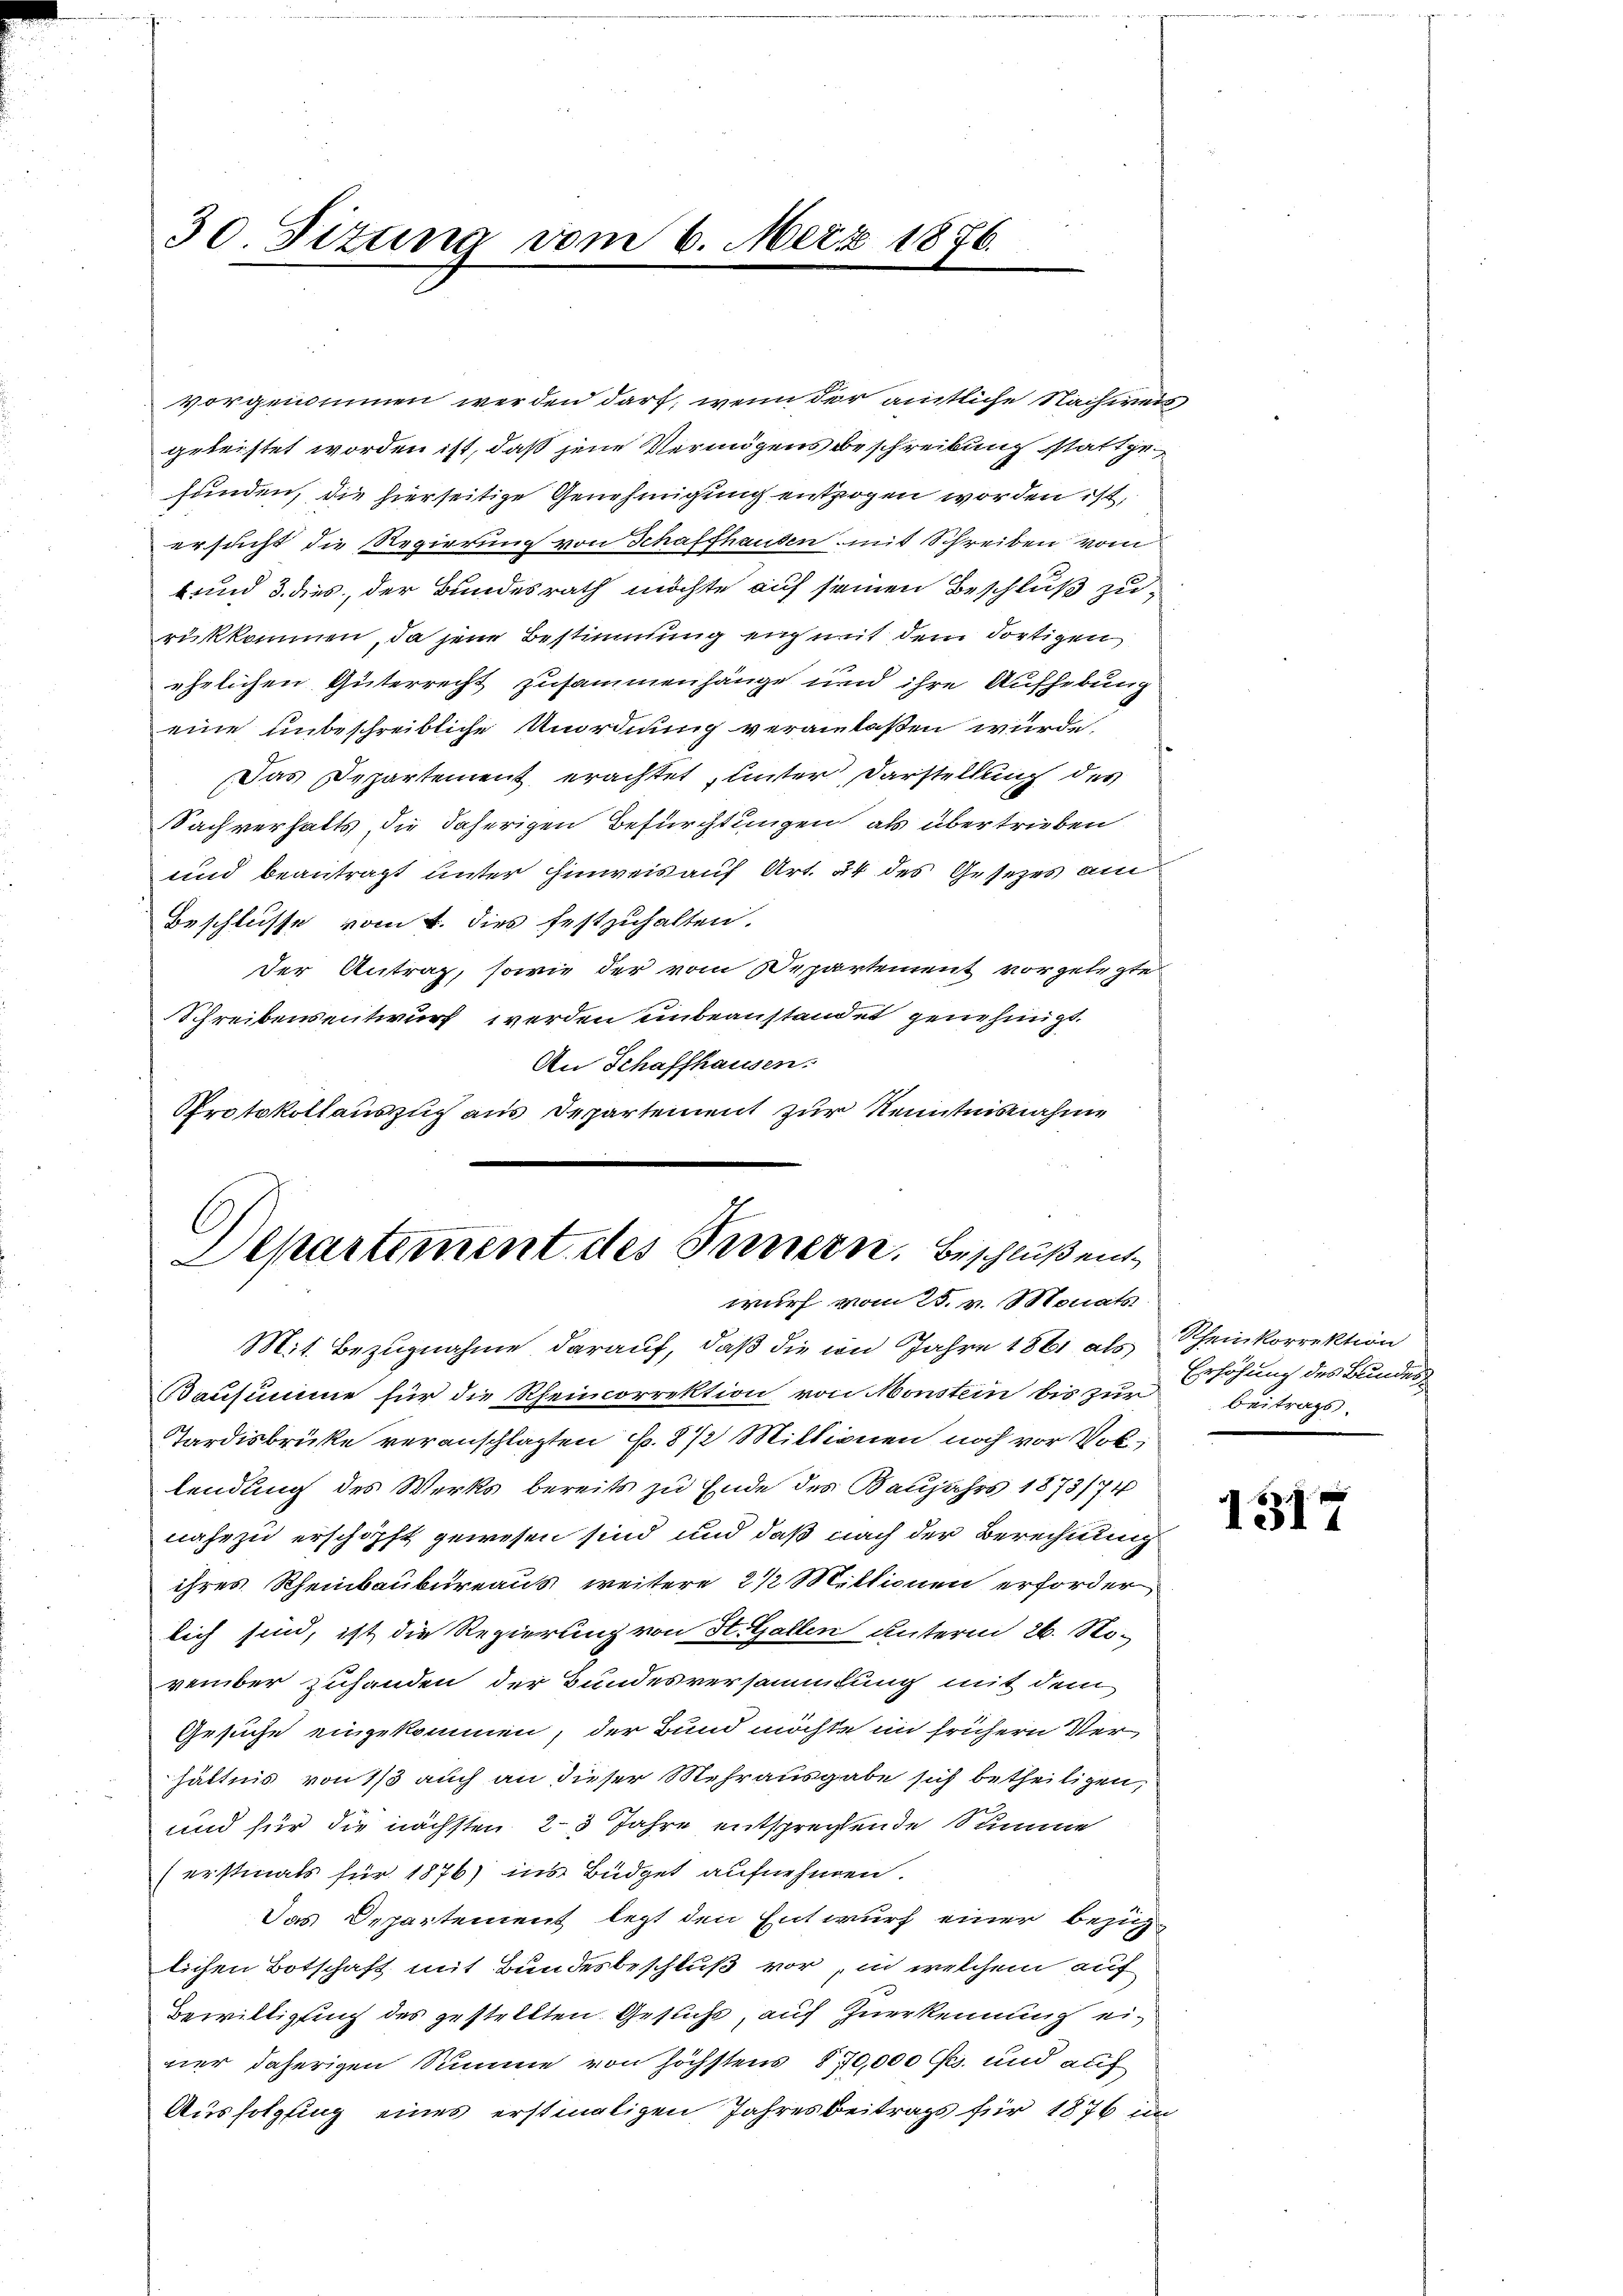
30. Ditung vom 6. März 1876.

vorgenommen werden darf, wenn der amtliche Nachweis,
geleistet worden ist, daß jene Vermögensbeschreibung stattgefunden, die hierseitige Genehmigung entzogen worden ist,
ersucht die Regierung von Schaffhausen mit Schreiben vom
t und 3. dies, der Bundesrath möchte auf seinen Beschluß zurükkommen, da jene Bestimmung eng mit dem dortigen
ehrlichen Güterrecht zusammenhänge und ihre Aufhebung
eine unbeschreibliche Unordnung veranlaßen wurde,
Das Departement erachtet unter Darstellung des
Sachverhalts, die daherigen Befürchtungen, als übertrieben
und beantragt unter Hinweis auf Art. 24 des Gesetzes am
Beschlusse vom 4. dies festzuhalten.
Der Antrag, sowie der vom Departement vorgelegte
Schreibensentwurf werden unbeanstandet genehmigt.
An Schaffhausen.
Protokollauszug aus Departement zur Kenntnisnahme
C

Departement des Ternern. Beschluß entwurf vom 25. v. Monats
Mit Bezugnahme darauf, daß die im Jahre 1861 als Rheinkorrektion

Bausumme für die Rheincorrektion von Monstein bis zur
Tardisbruke veranschlagten N. 8 1/2 Millionen noch vor Vollendung des Werks bereits zu Ende des Baujahrs 1873/74
nahe zu erschöpft gewesen sind und daß nach der Berechnung
ihres Rheinbaukureaus weitere 2 ½ Millionen erforder
lich sind, ist die Regierung von St. Gallen unterm 26. No-
vember zuhanden der Bundesversammlung mit dem
Gesuche eingekommen, der Bund möchte in frühern Verhältnis von 1/3 auch an dieser Mehrausgabe sich betheiligen,
und für die nächsten 23 Jahre entsprechende Summe
(erstinals für 1876) ins Büdget aufnehmen.
Das Departement legt den Entwurf einer bezug
lichen Botschaft mit Bundesbeschluß vor, in welchem auf
Bewilligung des gestellten Gesucht, auf Zuerkennung einer daherigen Summe von höchstens § 70,000 l. und auf
Ausfolgung eines erstmaligen Jahresbeitrags für 1876 im

Erhöhung des Bundes¬
Beitrags.

1317